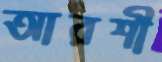
আরশী